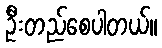
ဦးတည်စေပါတယ်။